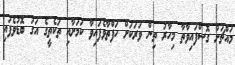
މައްޗަށް ގޮސްފައިވާތާ މިހާރު ތިން ވަރަކަށް ހަފްތާވެފައިވާ ކަމަށާއި ތަކެތީގެ އަގު ބޮޑުވެފައި